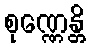
စုဏ္ဏေန္တိ